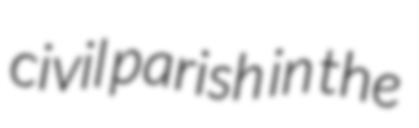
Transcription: civil parish in the